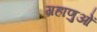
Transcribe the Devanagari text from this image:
ग्रहाणुओं